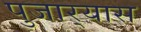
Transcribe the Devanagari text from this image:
पुजार्‍यास